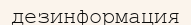
дезинформация